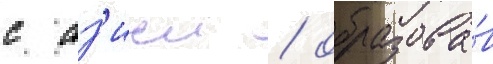
с аз'иеи / образова́в